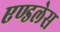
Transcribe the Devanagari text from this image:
एण्डलेस